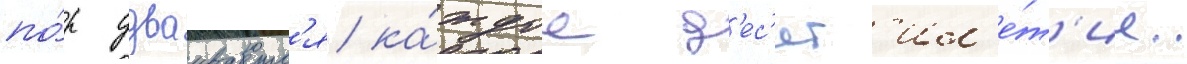
по́р удваиваетс'я ка́ждое д'ес'ят'ил'е́т'ие.